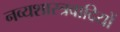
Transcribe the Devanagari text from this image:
नव्यशास्त्रवादियों